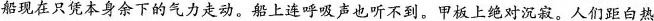
船现在只凭本身余下的气力走动。船上连呼吸声也听不到。甲板上绝对沉寂。人们距白热